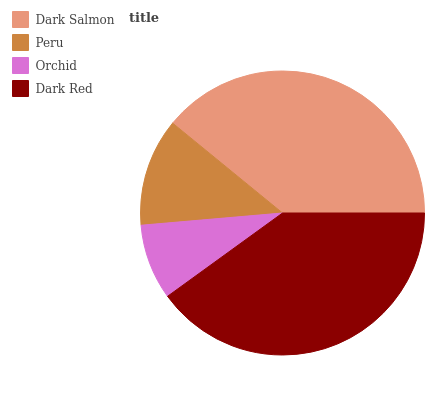
| Dark Salmon | Peru | Orchid | Dark Red |
 | --- | --- | --- | --- |
 | 39.2% | 12.3% | 8.61% | 39.9% |